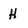
Character: H